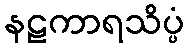
နဠကာရသိပ္ပံ